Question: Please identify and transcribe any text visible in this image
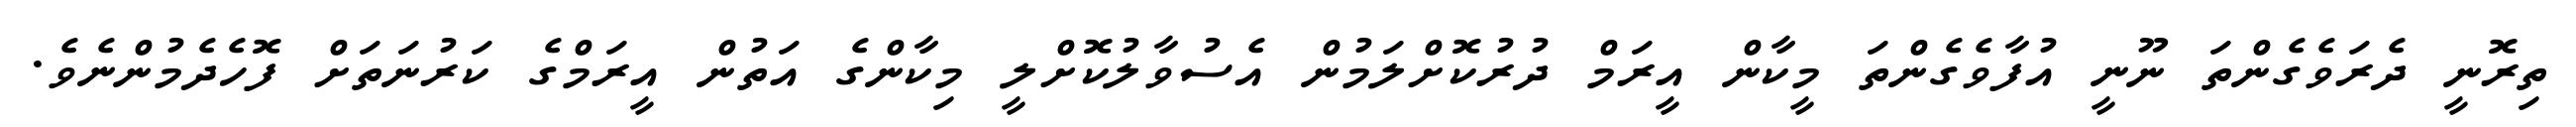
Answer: ތިރޮނީ ދެރަވެގެންތަ ނޫނީ އުފާވެގެންތަ މީކާން އީރަމް ދުރުކޮށްލަމުން އެސުވާލުކޮށްލީ މިކާންގެ އަތުން އީރަމްގެ ކަރުނަތަށް ފޮހެދެމުންނެވެ.